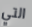
التي